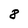
Character: 8